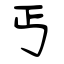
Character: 丐